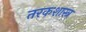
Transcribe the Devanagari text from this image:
तरकशास्त्र